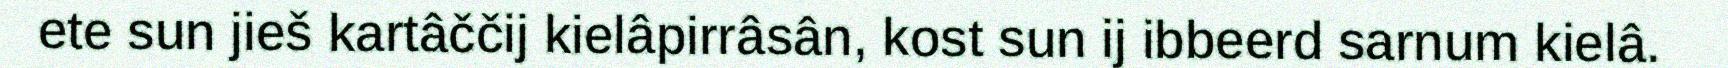
ete sun jieš kartâččij kielâpirrâsân, kost sun ij ibbeerd sarnum kielâ.